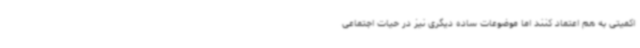
اکمیتی به هم اعتماد کنند اما موضوعات ساده دیگری نیز در حیات اجتماعی